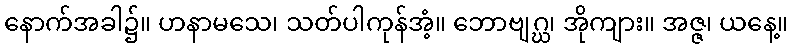
နောက်အခါ၌။ ဟနာမသေ၊ သတ်ပါကုန်အံ့။ ဘောဗျဂ္ဃ၊ အိုကျား။ အဇ္ဇ၊ ယနေ့။